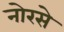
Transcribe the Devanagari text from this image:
नोरसे